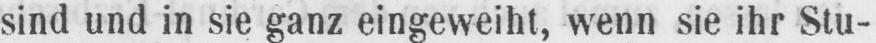
sind und in sie ganz eingeweiht, wenn sie ihr Stu-